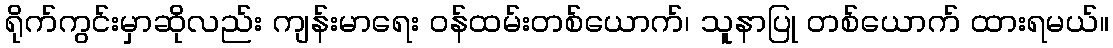
ရိုက်ကွင်းမှာဆိုလည်း ကျန်းမာရေး ဝန်ထမ်းတစ်ယောက်၊ သူနာပြု တစ်ယောက် ထားရမယ်။